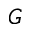
G